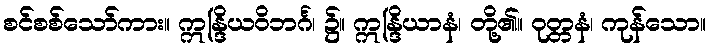
စင်စစ်သော်ကား။ ဣန္ဒြိယဝိဘင်္ဂ၊ ၌။ ဣန္ဒြိယာနံ၊ တို့၏။ ဝုတ္တနံ၊ ကုန်သော။